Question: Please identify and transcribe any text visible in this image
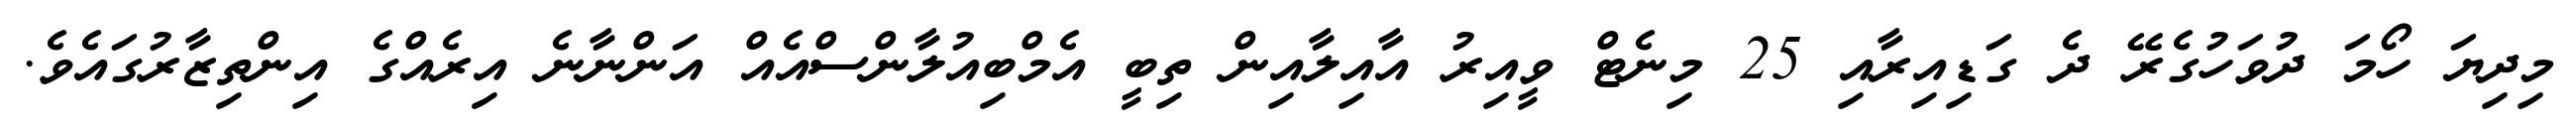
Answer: މިދިޔަ ހޯމަ ދުވަހުގެރޭ ދެ ގަޑިއިރާއި 25 މިނެޓް ވީއިރު އާއިލާއިން ތިބީ އެމްބިއުލާންސްއެއް އަންނާނެ އިރެއްގެ އިންތިޒާރުގައެވެ.